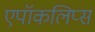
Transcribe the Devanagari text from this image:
एपॉकलिप्स